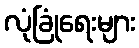
လုံခြုံရေးများ